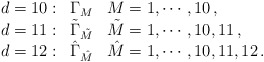
\begin{align*}\begin{array}{lll}d=10:&\Gamma_M&M=1,\cdots ,10\, ,\\d=11:&{\tilde {\Gamma}}_{\tilde M}&{\tilde M} = 1,\cdots ,10,11\, ,\\d=12:&{\hat {\Gamma}}_{\hat M}& {\hat M} = 1,\cdots ,10,11,12\, .\end{array}\end{align*}